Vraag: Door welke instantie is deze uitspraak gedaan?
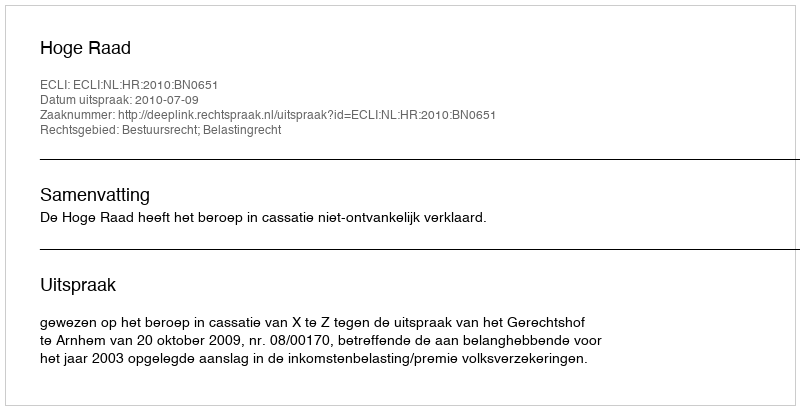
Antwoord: Hoge Raad